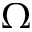
\Omega